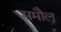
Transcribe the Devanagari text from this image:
समौल